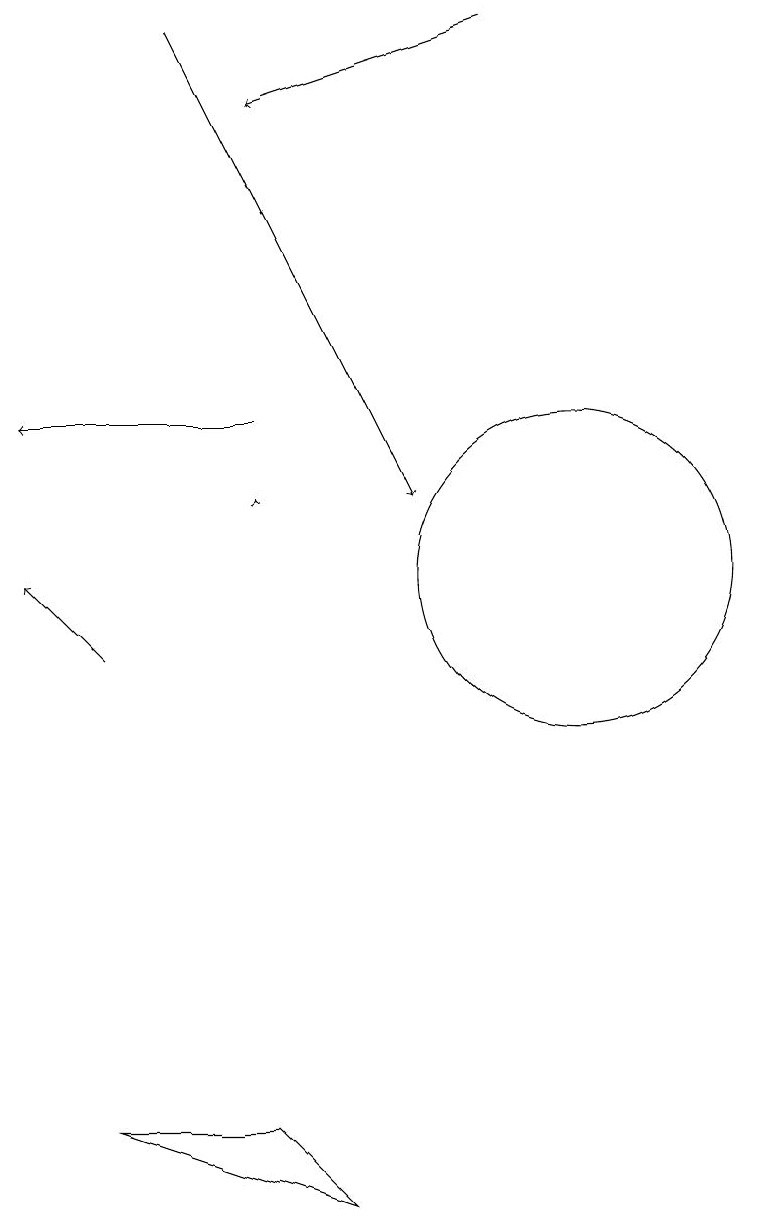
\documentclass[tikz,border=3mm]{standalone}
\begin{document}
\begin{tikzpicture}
\draw[->] (4,10) -- (3,11);
\draw[->] (6,13) -- (3,13);
\draw (4,4) -- (6,4) -- (7,3) -- cycle;
\draw[->] (6,12) -- (6,12);
\draw[->] (5,18) -- (8,12);
\draw[->] (9,18) -- (6,17);
\draw (10,11) circle (2);
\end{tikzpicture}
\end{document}